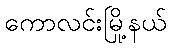
ကောလင်းမြို့နယ်